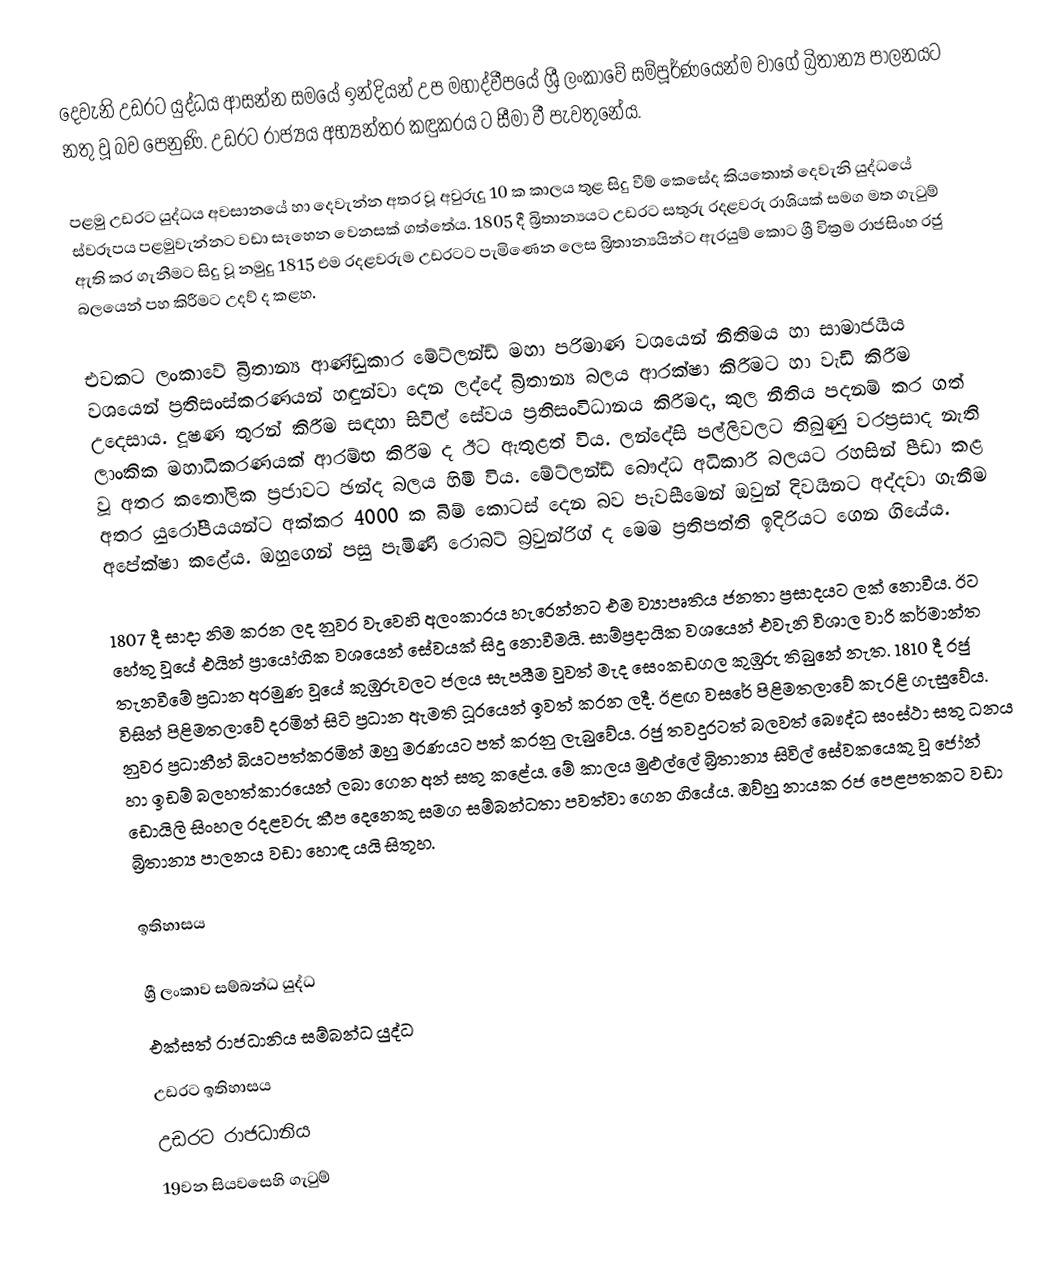
දෙවැනි උඩරට යුද්ධය ආසන්න සමයේ ඉන්දියන් උප මහාද්වීප‍යේ  ශ්‍රී ලංකාවේ සම්පූර්ණයෙන්ම වාගේ බ්‍රිතාන්‍ය පාලනයට නතු වූ බව පෙනුණි. උඩරට රාජ්‍යය අභ්‍යන්තර කඳුකරය ට සීමා වී පැවතුනේය.

පළමු උඩරට යුද්ධය අවසානයේ හා දෙවැන්න අතර වූ අවුරුදු 10 ක කාලය තුළ සිදු වීම් කෙසේද කියතොත් දෙවැනි යුද්ධයේ ස්වරූපය පළමුවැන්නට වඩා සෑහෙන වෙනසක් ගත්තේය. 1805 දී බ්‍රිතාන්‍යයට උඩරට සතුරු රදළවරු රාශියක් සමග මත ගැටුම් ඇති කර ගැනීමට සිදු වූ  නමුදු 1815 එම රදළවරුම උඩරටට පැමිණෙන ලෙස බ්‍රිතාන්‍යයින්ට ඇරයුම් කොට ශ්‍රී වික්‍රම රාජසිංහ රජු බලයෙන් පහ කිරීමට උදව් ද කළහ.

එවකට ලංකාවේ බ්‍රිතාන්‍ය ආණ්ඩුකාර මේට්ලන්ඩ් මහා පරිමාණ වශයෙන් නීතිමය හා සාමාජයීය වශයෙන් ප්‍රතිසංස්කරණයන් හඳුන්වා දෙන ලද්දේ බ්‍රිතාන්‍ය බලය ආරක්ෂා කිරීමට හා වැඩි කිරීම උදෙසාය. දූෂණ තුරන් කිරීම සඳහා සිවිල් සේවය ප්‍රතිසංවිධානය කිරීමද, කුල නීතිය පදනම් කර ගත් ලාංකික මහාධිකරණයක් ආරම්භ කිරීම ද ඊට ඇතුළත් විය. ලන්දේසි පල්ලිවලට තිබුණු වරප්‍රසාද නැති වූ අතර කතෝලික ප්‍රජාවට ඡන්ද බලය හිමි විය. මේට්ලන්ඩ් බෞද්ධ අධිකාරී බලයට රහසින් පීඩා කළ අතර යුරෝපීයයන්ට අක්කර 4000 ක බිම් කොටස් දෙන බව පැවසීමෙන්  ඔවුන් දිවයිනට අද්දවා ගැනීම අපේක්ෂා කළේය. ඔහුගෙන් පසු පැමිණි රොබට් බ්‍රවුන්රිග් ද මෙම ප්‍රතිපත්ති ඉදිරියට ගෙන ගියේය.

1807 දී සාදා නිම කරන ලද නුවර වැවෙහි අලංකාරය හැරෙන්නට එම ව්‍යාපෘතිය ජනතා ප්‍රසාදයට ලක් නොවීය. ඊට හේතු වූයේ එයින් ප්‍රායෝගික වශයෙන් සේවයක් සිදු නොවීමයි. සාම්ප්‍රදායික වශයෙන් එවැනි විශාල වාරි කර්මාන්ත තැනවීමේ ප්‍රධාන අරමුණ වූයේ කුඹුරුවලට ජලය සැපයීම වුවත් මැද සෙංකඩගල කුඹුරු තිබුනේ නැත. 1810 දී රජු විසින් පිළිමතලාවේ දරමින් සිටි ප්‍රධාන ඇමති ධූරයෙන් ඉවත් කරන ලදී. ඊළඟ වසරේ පිළිමතලාවේ කැරළි ගැසුවේය. නුවර ප්‍රධානීන් බියටපත්කරමින් ඔහු මරණයට පත් කරනු ලැබුවේය. රජු තවදුරටත් බලවත් බෞද්ධ සංස්ථා සතු ධනය හා ඉඩම් බලහත්කාරයෙන් ලබා ගෙන අන් සතු කළේය. මේ කාලය මුළුල්ලේ බ්‍රිතාන්‍ය සිවිල් සේවකයෙකු වූ ජෝන් ඩොයිලි සිංහල රදළවරු කීප දෙනෙකු සමග සම්බන්ධතා පවත්වා ගෙන ගියේය. ඔව්හු නායක රජ පෙළපතකට වඩා බ්‍රිතාන්‍ය පාලනය වඩා හොඳ යයි සිතූහ.

 ඉතිහාසය

ශ්‍රී ලංකාව සම්බන්ධ යුද්ධ
එක්සත් රාජධානිය සම්බන්ධ යුද්ධ
උඩරට ඉතිහාසය
උඩරට රාජධානිය
19වන සියවසෙහි ගැටුම්